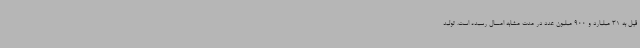
قبل به 31 میلیارد و 900 میلیون عدد در مدت مشابه امسال رسیده است. تولید